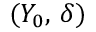
( Y _ { 0 } , \, \delta )